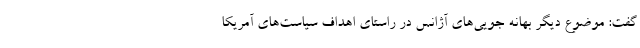
گفت: موضوع دیگر بهانه جویی‌های آژانس در راستای اهداف سیاست‌های آمریکا